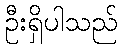
ဦးရှိပါသည်